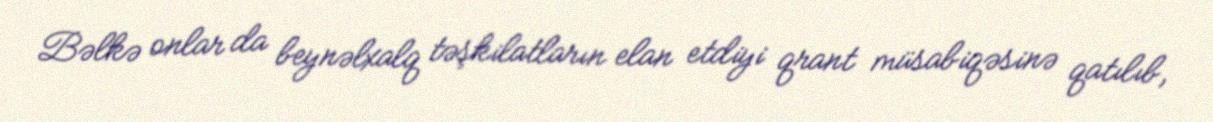
Bəlkə onlar da beynəlxalq təşkilatların elan etdiyi qrant müsabiqəsinə qatılıb,